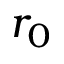
r _ { 0 }